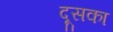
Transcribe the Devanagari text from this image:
दूसका